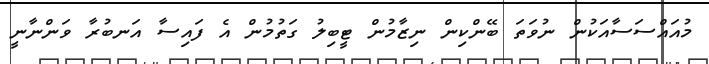
މުއައްސަސާއަކުން ނުވަތަ ބޭންކިން ނިޒާމުން ޓީބިލު ގަތުމުން އެ ފައިސާ އަނބުރާ ވަންނާނީ